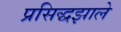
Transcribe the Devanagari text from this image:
प्रसिद्धझाले